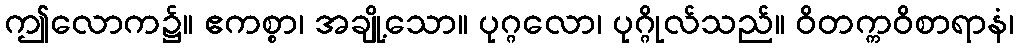
ဤလောက၌။ ဧကစ္စာ၊ အချို့သော။ ပုဂ္ဂလော၊ ပုဂ္ဂိုလ်သည်။ ဝိတက္ကဝိစာရာနံ၊